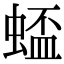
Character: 𫋋